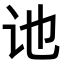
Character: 𫍙